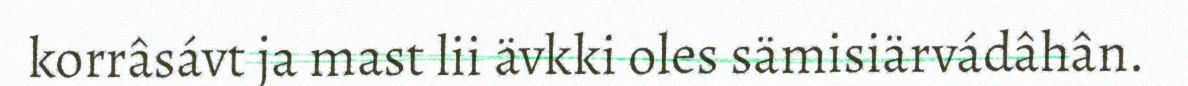
korrâsávt ja mast lii ävkki oles sämisiärvádâhân.